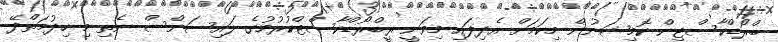
ބްރޯޑްކާސްޓިން ކޮމިޝަނުން މިކަމަށް އެދިފައި މިވަނީ ރީބްރޯޑްކާސްޓްކުރުމުގެ ލައިސަންސް ނެތި މި ހިދުމަތްދޭ